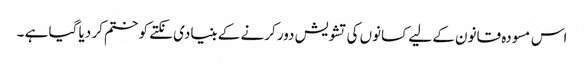
اس مسودہ قانون کے لیے کسانوں کی تشویش دور کرنے کے بنیادی نکتے کو ختم کر دیا گیا ہے ۔